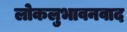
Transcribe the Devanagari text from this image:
लोकलुभावनवाद